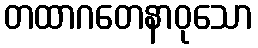
တထာဂတေနာဝုသော